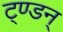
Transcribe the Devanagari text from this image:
ट्ण्डन्